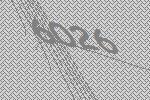
6026